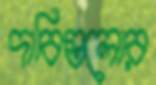
দাবিগুলোর